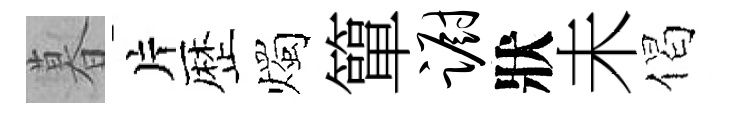
暮片歴燭簞蹰狀未偈